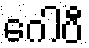
ဂေါပီ